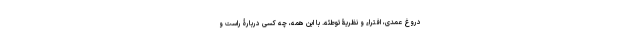
دروغ عمدی، افتراء و نظریۀ توطئه. با این همه، چه کسی دربارۀ راست و